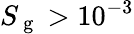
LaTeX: S_{\mathrm{~g~}}>10^{-3}